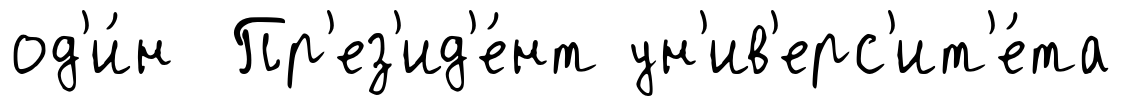
од'и́н Пр'ез'ид'е́нт ун'ив'ерс'ит'е́та